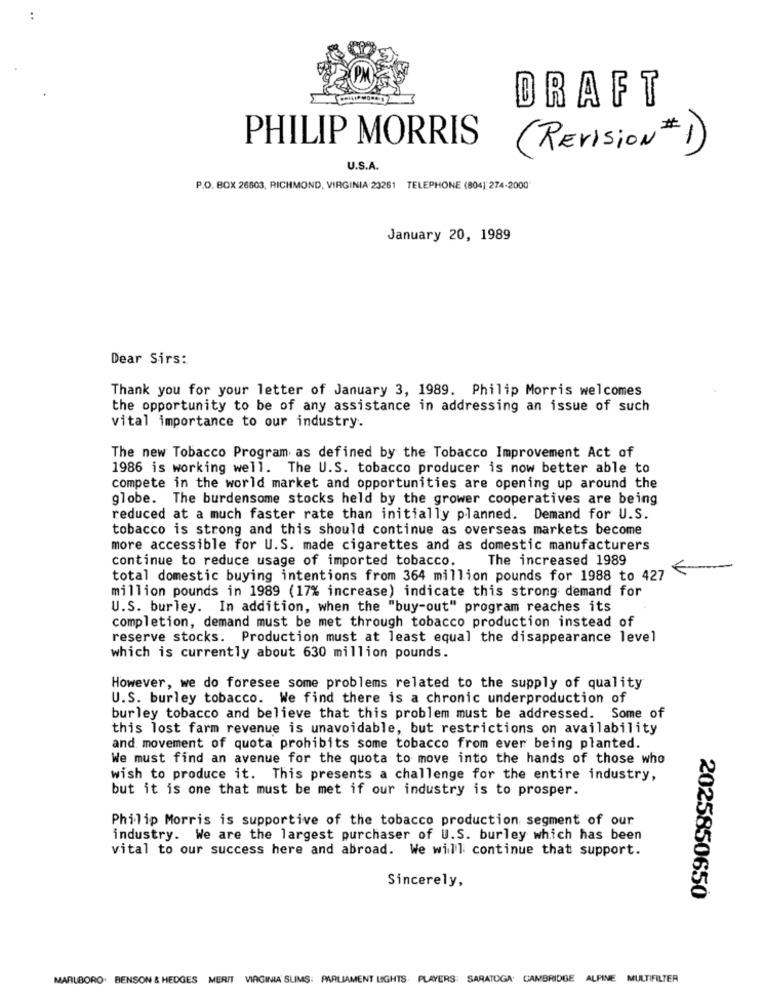
DRAFT
PHILIP MORRIS
(Revision # 1)
U.S.A.
P.O. BOX 26803, RICHMOND, VIRGINIA 23261 TELEPHONE (804): 274-2000
January 20, 1989
Dear Sirs:
Thank you for your letter of January 3, 1989. Philip Morris welcomes
the opportunity to be of any assistance in addressing an issue of such
vital importance to our industry.
The new Tobacco Program as defined by the Tobacco Improvement Act of
1986 is working well. The U.S. tobacco producer is now better able to
compete in the world market and opportunities are opening up around the
globe. The burdensome stocks held by the grower cooperatives are being
reduced at a much faster rate than initially planned. Demand for U.S.
tobacco is strong and this should continue as overseas markets become
more accessible for U.S. made cigarettes and as domestic manufacturers
continue to reduce usage of imported tobacco.
The increased 1989
total domestic buying intentions from 364 million pounds for 1988 to 427
million pounds in 1989 (17% increase) indicate this strong demand for
U.S. burley. In addition, when the "buy-out" program reaches its
completion, demand must be met through tobacco production instead of
reserve stocks. Production must at least equal the disappearance level
which is currently about 630 million pounds.
However, we do foresee some problems related to the supply of quality
U.S. burley tobacco. We find there is a chronic underproduction of
burley tobacco and believe that this problem must be addressed. Some of
this lost farm revenue is unavoidable, but restrictions on availability
and movement of quota prohibits some tobacco from ever being planted.
We must find an avenue for the quota to move into the hands of those who
wish to produce it. This presents a challenge for the entire industry,
but it is one that must be met if our industry is to prosper.
Philip Morris is supportive of the tobacco production segment of our
industry. We are the largest purchaser of U.S. burley which has been
vital to our success here and abroad. We will continue that support.
Sincerely,
2025850650
MARLBORO. BENSON & HEDGES MERIT VIRGINIA SLIMS: PARLIAMENT LIGHTS. PLAYERS: SARATOGA CAMBRIDGE ALPINE MULTIFILTER